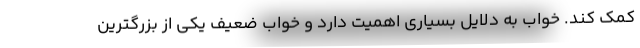
کمک کند. خواب به دلایل بسیاری اهمیت دارد و خواب ضعیف یکی از بزرگترین